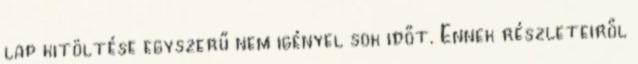
lap kitöltése egyszerű nem igényel sok időt. Ennek részleteiről